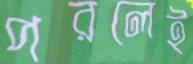
পরলেই